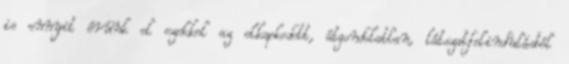
is ennyit érünk el ezekkel az elkapkodott, átgondolatlan, látszatfelindulásból